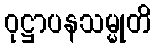
ဝုဋ္ဌာပနသမ္မုတိ